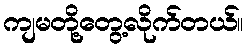
ကျမတို့တွေ့လိုက်တယ်။